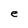
Character: e